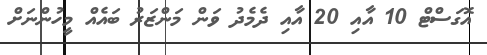
އޮގަސްޓް 10 އާއި 20 އާއި ދެމެދު ވަން މަންޒަރު ބައެއް މީހުންނަށް